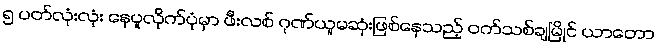
၅ ပတ်လုံးလုံး နေပူလိုက်ပုံမှာ ဖီးလစ် ဂုဏ်ယူမဆုံးဖြစ်နေသည့် ဝက်သစ်ချမြိုင် ယာတော